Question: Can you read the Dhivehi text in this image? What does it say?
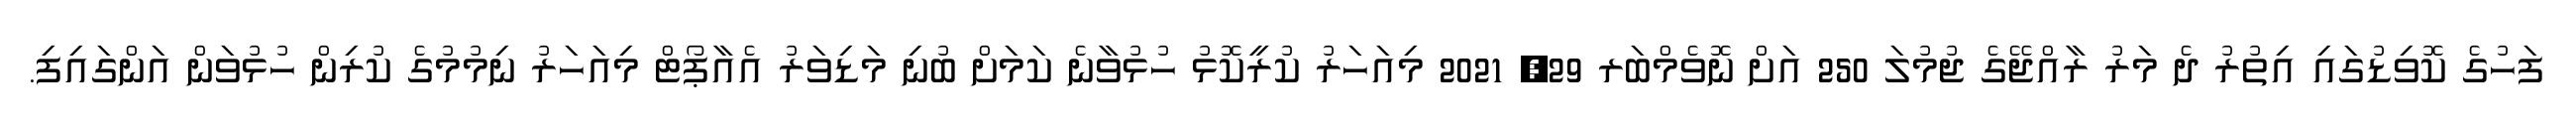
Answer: ފަހުގެ ކޮވިޑުގައި އިތުރު ދެ މަރު ރާއްޖޭގެ ޖުމުލަ 250 އަށް ނޮވެމްބަރ 29, 2021 މިއަހަރު ކުރީކޮޅު ހުޅުވާނެ ކަމަށް ބުނި މަޑިވަރު އެއާޕޯޓް މިއަހަރު ނިމުމުގެ ކުރިން ހުޅުވަން އަންގައިފި.